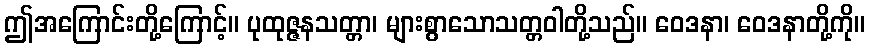
ဤအကြောင်းတို့ကြောင့်။ ပုထုဇ္ဇနသတ္တာ၊ များစွာသောသတ္တဝါတို့သည်။ ဝေဒနာ၊ ဝေဒနာတို့ကို။